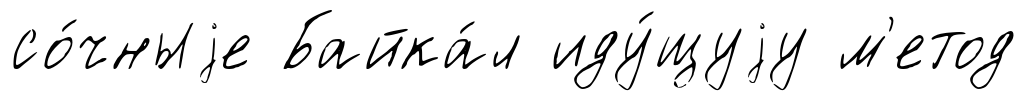
со́чныjе Байка́л иду́щуjу м'етод